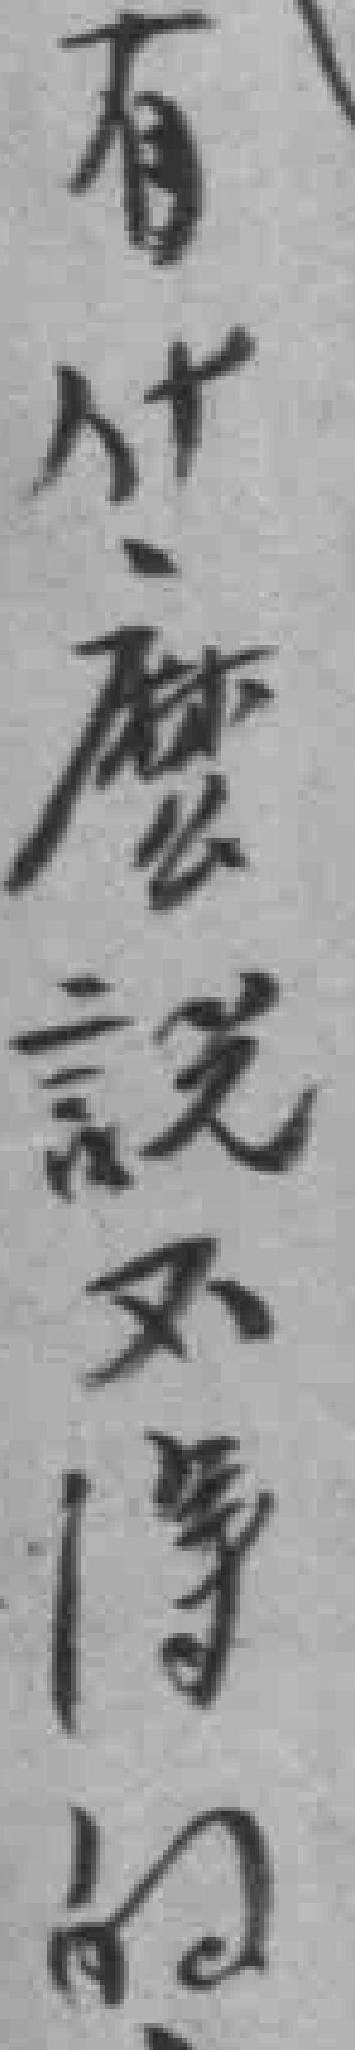
有什麽説不得的